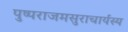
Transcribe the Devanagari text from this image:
पुष्पराजमसुराचार्यस्य